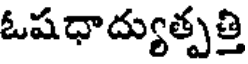
ఓషధాద్యుత్పత్తి